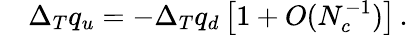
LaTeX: \quad\Delta_{T}q_{u}=-\Delta_{T}q_{d}\left[1+O(N_{c}^{-1})\right]\, .